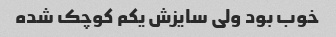
خوب بود ولی سایزش یکم کوچک شده